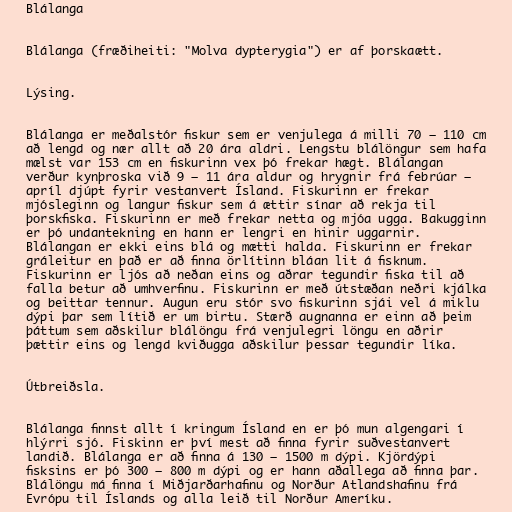
Blálanga

Blálanga (fræðiheiti: "Molva dypterygia") er af þorskaætt.

Lýsing.

Blálanga er meðalstór fiskur sem er venjulega á milli 70 – 110 cm
að lengd og nær allt að 20 ára aldri. Lengstu blálöngur sem hafa
mælst var 153 cm en fiskurinn vex þó frekar hægt. Blálangan
verður kynþroska við 9 – 11 ára aldur og hrygnir frá febrúar –
apríl djúpt fyrir vestanvert Ísland. Fiskurinn er frekar
mjósleginn og langur fiskur sem á ættir sínar að rekja til
þorskfiska. Fiskurinn er með frekar netta og mjóa ugga. Bakugginn
er þó undantekning en hann er lengri en hinir uggarnir.
Blálangan er ekki eins blá og mætti halda. Fiskurinn er frekar
gráleitur en það er að finna örlítinn bláan lit á fisknum.
Fiskurinn er ljós að neðan eins og aðrar tegundir fiska til að
falla betur að umhverfinu. Fiskurinn er með útstæðan neðri kjálka
og beittar tennur. Augun eru stór svo fiskurinn sjái vel á miklu
dýpi þar sem lítið er um birtu. Stærð augnanna er einn að þeim
þáttum sem aðskilur blálöngu frá venjulegri löngu en aðrir
þættir eins og lengd kviðugga aðskilur þessar tegundir líka.

Útbreiðsla.

Blálanga finnst allt í kringum Ísland en er þó mun algengari í
hlýrri sjó. Fiskinn er því mest að finna fyrir suðvestanvert
landið. Blálanga er að finna á 130 – 1500 m dýpi. Kjördýpi
fisksins er þó 300 – 800 m dýpi og er hann aðallega að finna þar.
Blálöngu má finna í Miðjarðarhafinu og Norður Atlandshafinu frá
Evrópu til Íslands og alla leið til Norður Ameríku.